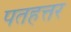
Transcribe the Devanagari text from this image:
पतहत्तर